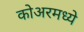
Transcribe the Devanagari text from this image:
कोअरमध्ये